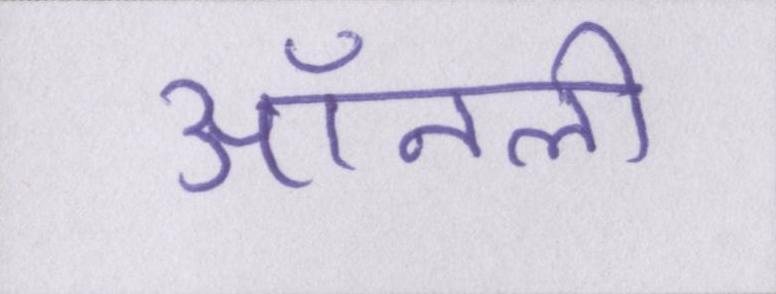
ऑनली